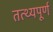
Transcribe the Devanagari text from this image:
तत्थ्यपूर्ण